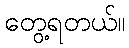
တွေ့ရတယ်။